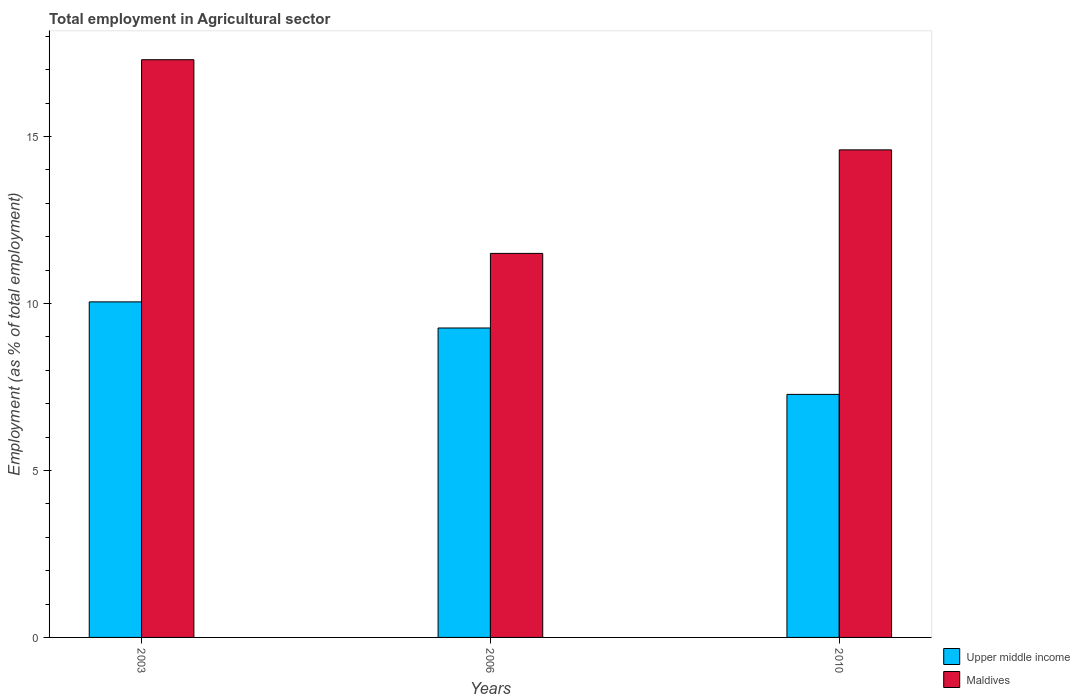
| Years | Upper middle income | Maldives |
 | --- | --- | --- |
 | 2003 | 10 | 17.3 |
 | 2006 | 9.27 | 11.5 |
 | 2010 | 7.28 | 14.6 |